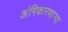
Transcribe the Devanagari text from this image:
अंगिकारणाऱ्या